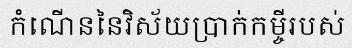
កំណើននៃវិស័យប្រាក់កម្ចីរបស់